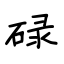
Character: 碌